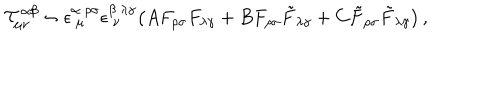
LaTeX: { \cal T } _ { \mu \nu } ^ { \alpha \beta } \sim \epsilon _ { ~ \mu } ^ { \alpha ~ \rho \sigma } \epsilon _ { ~ \nu } ^ { \beta ~ \lambda \gamma } \big ( A F _ { \rho \sigma } F _ { \lambda \gamma } + B F _ { \rho \sigma } \tilde { F } _ { \lambda \gamma } + C \tilde { F } _ { \rho \sigma } \tilde { F } _ { \lambda \gamma } \big ) \, ,